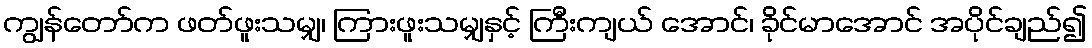
ကျွန်တော်က ဖတ်ဖူးသမျှ၊ ကြားဖူးသမျှနှင့် ကြီးကျယ် အောင်၊ ခိုင်မာအောင် အပိုင်ချည်၍